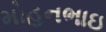
મોહનભાઇ